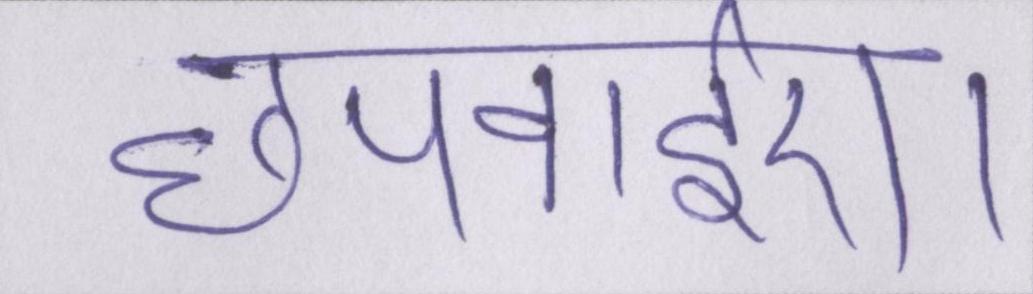
छपवाईए।